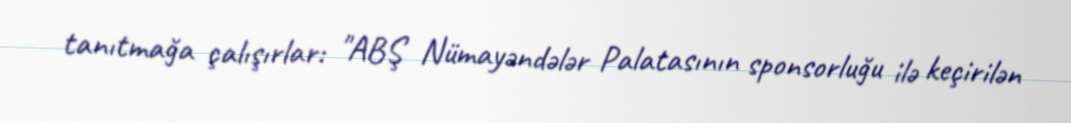
tanıtmağa çalışırlar: "ABŞ Nümayəndələr Palatasının sponsorluğu ilə keçirilən